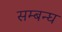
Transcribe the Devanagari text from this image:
सम्बन्घ